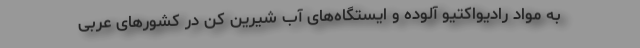
به مواد رادیواکتیو آلوده و ایستگاه‌های آب شیرین کن در کشورهای عربی